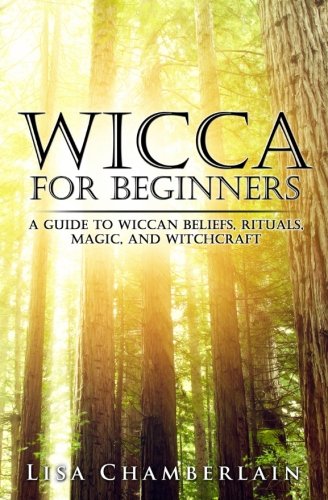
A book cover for Wicca for Beginners: A Guide to Wiccan Beliefs, Rituals, Magic, and Witchcraft; Lisa Chamberlain; Religion & Spirituality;